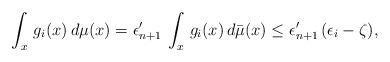
LaTeX: \begin{align*}\int_x \, g_i(x) \, d{\mu}(x) = \epsilon_{n+1}'\, \int_x \, g_i(x) \, d\bar{\mu}(x) \leq \epsilon_{n+1}'\, (\epsilon_i - \zeta),\end{align*}